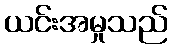
ယင်းအမှုသည်